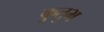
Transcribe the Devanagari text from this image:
कुतुभ